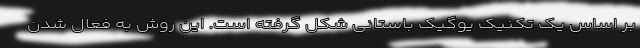
بر اساس یک تکنیک یوگیک باستانی شکل گرفته است. این روش به فعال شدن